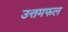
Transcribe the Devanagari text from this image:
उत्तमफल